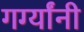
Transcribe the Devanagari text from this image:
गर्ग्यांनी